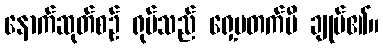
နောက်ဆုတ်စဉ် ရုပ်သည် ရှေ့မတက်မီ ချုပ်၏။